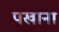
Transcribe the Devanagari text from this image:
पखाना